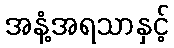
အနံ့အရသာနှင့်